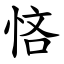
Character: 悋